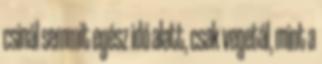
csinál semmit egész idő alatt, csak vegetál, mint a